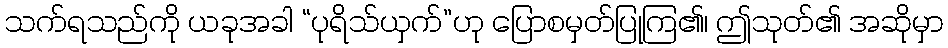
သက်ရသည်ကို ယခုအခါ “ပုရိသ်ယှက်”ဟု ပြောစမှတ်ပြုကြ၏၊ ဤသုတ်၏ အဆိုမှာ